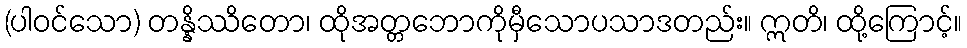
(ပါဝင်သော) တန္နိဿိတော၊ ထိုအတ္တဘောကိုမှီသောပသာဒတည်း။ ဣတိ၊ ထို့ကြောင့်။